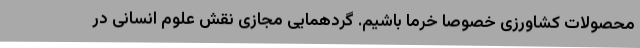
محصولات کشاورزی خصوصا خرما باشیم. گردهمایی مجازی نقش علوم انسانی در